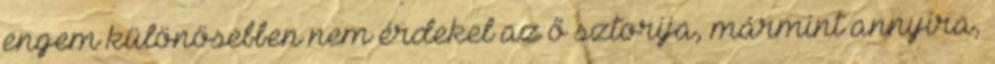
engem különösebben nem érdekel az ő sztorija, mármint annyira,